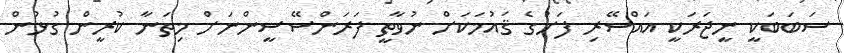
ސަބަބަކީ ނީޖަރަކީ އައްސޭރި ފަށުގެ ޤައުމަކަށް ނުވާތީ ފަރަންސޭސީންނަށް މިތަނާ ކުރީން ގުޅުން